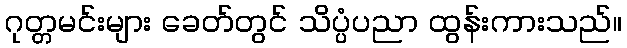
ဂုတ္တမင်းများ ခေတ်တွင် သိပ္ပံပညာ ထွန်းကားသည်။